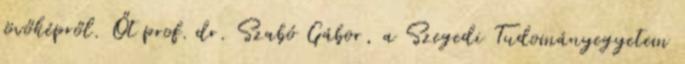
jövőképről. Őt prof. dr. Szabó Gábor, a Szegedi Tudományegyetem